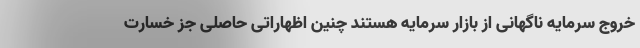
خروج سرمایه ناگهانی از بازار سرمایه هستند چنین اظهاراتی حاصلی جز خسارت